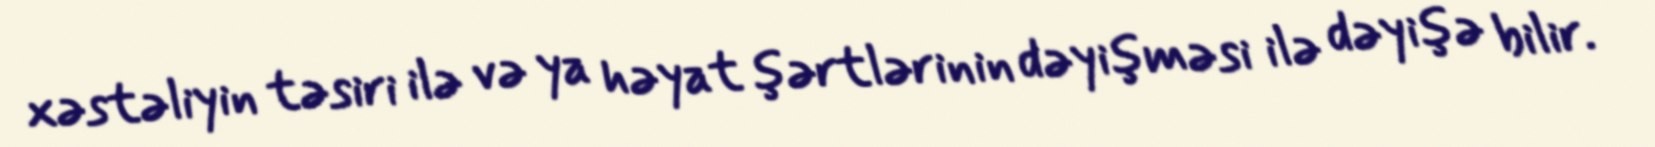
xəstəliyin təsiri ilə və ya həyat şərtlərinin dəyişməsi ilə dəyişə bilir.